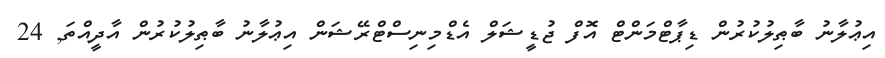
އިޢުލާނު ބާޠިލުކުރުން ޑިޕާޓްމަންޓް އޮފް ޖުޑީޝަލް އެޑްމިނިސްޓްރޭޝަން އިޢުލާނު ބާޠިލުކުރުން އާދީއްތަ